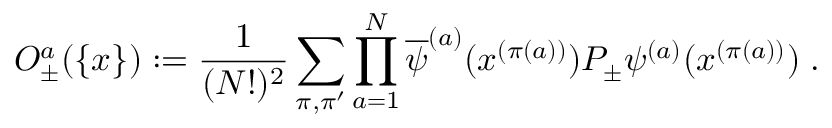
{ \cal O } _ { \pm } ^ { a } ( \{ x \} ) : = \frac { 1 } { ( N ! ) ^ { 2 } } \sum _ { \pi , \pi ^ { \prime } } \prod _ { a = 1 } ^ { N } \overline { { { \psi } } } ^ { ( a ) } ( x ^ { ( \pi ( a ) ) } ) P _ { \pm } \psi ^ { ( a ) } ( x ^ { ( \pi ( a ) ) } ) \; .